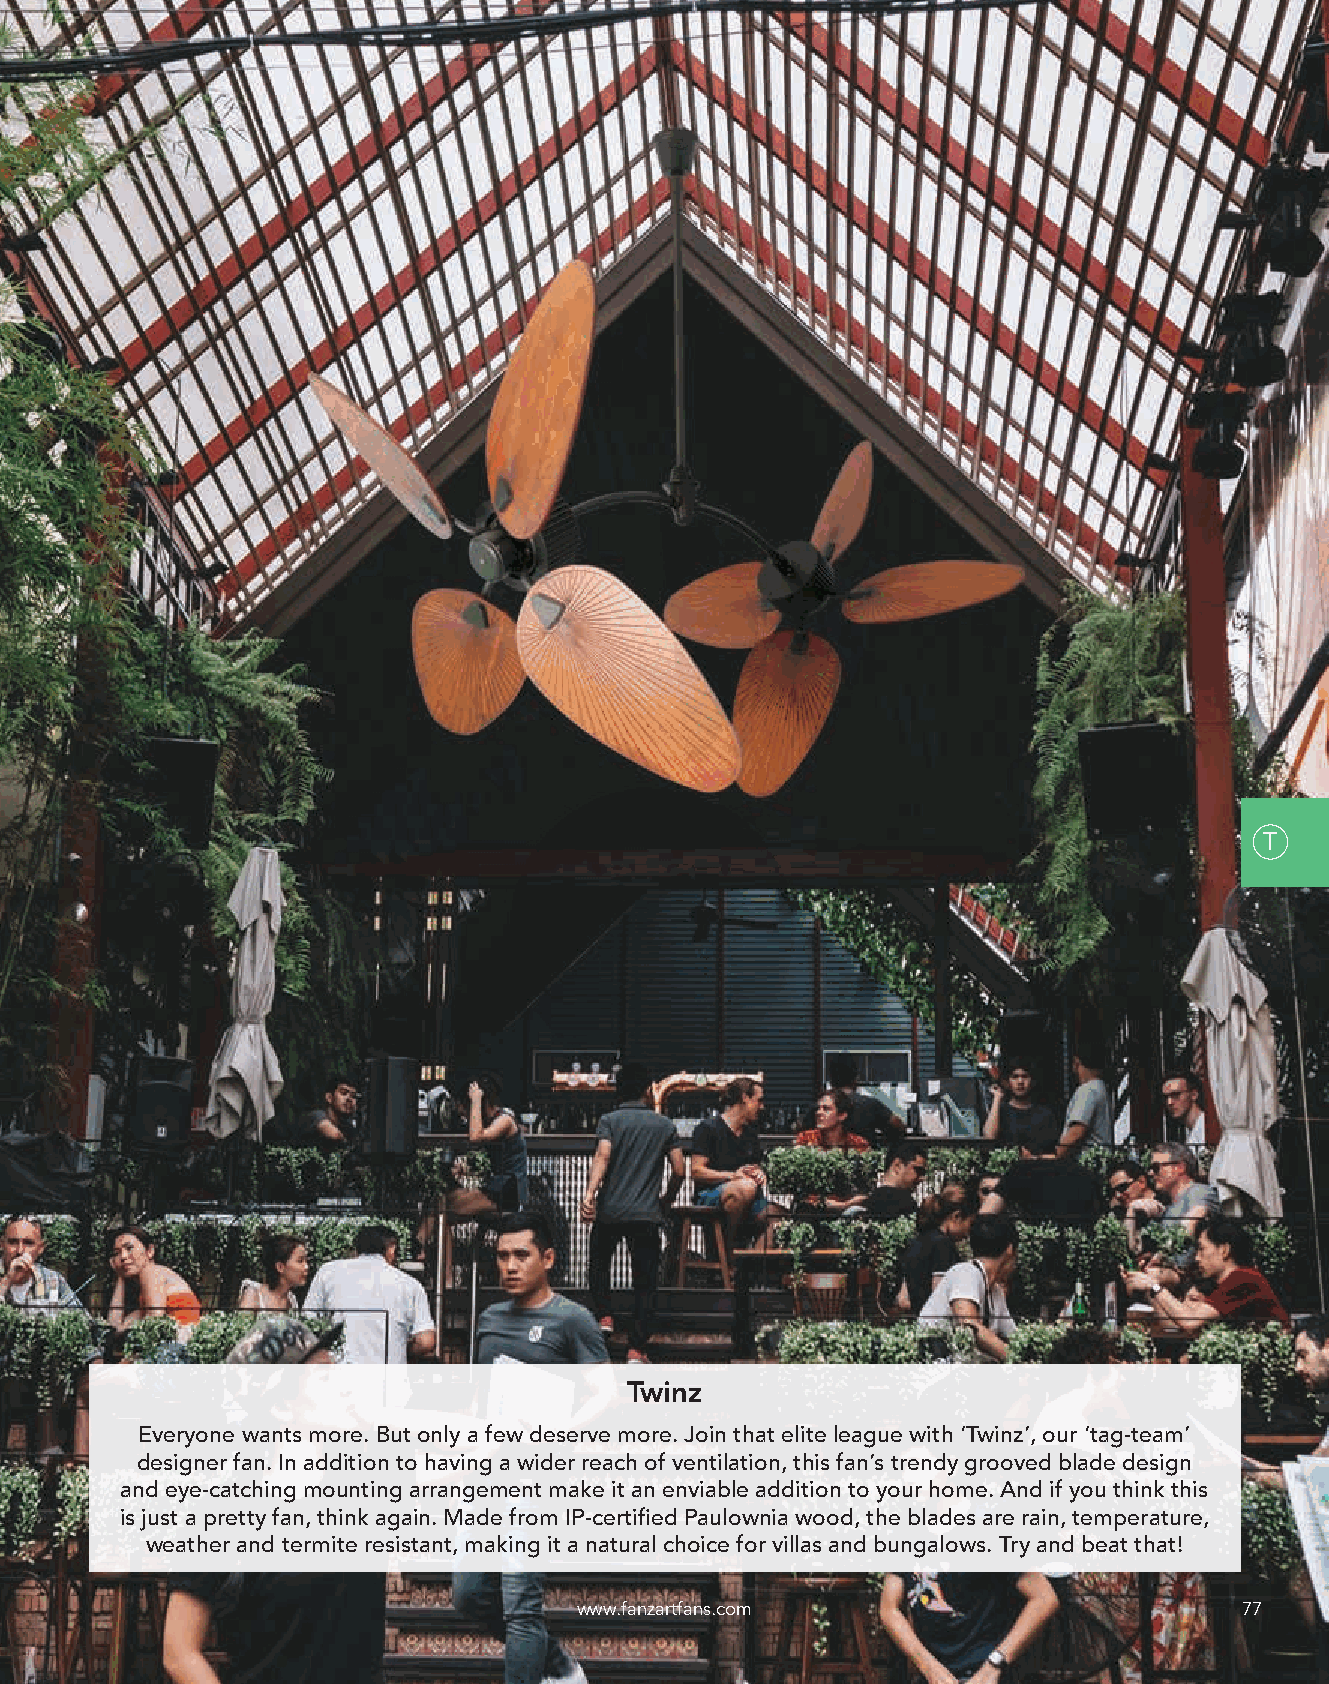
T
 Twinz
 Everyone wants more. But only a few deserve more. Join that elite league with ‘Twinz’, our ‘tag-team’
 designer fan. In addition to having a wider reach of ventilation, this fan’s trendy grooved blade design
 and eye-catching mounting arrangement make it an enviable addition to your home. And if you think this
 is just a pretty fan, think again. Made from IP-certified Paulownia wood, the blades are rain, temperature,
 weather and termite resistant, making it a natural choice for villas and bungalows. Try and beat that!
 www.fanzartfans.com                         77